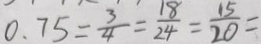
0 . 7 5 = \frac { 3 } { 4 } = \frac { 1 8 } { 2 4 } = \frac { 1 5 } { 2 0 } =